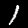
Label: 1